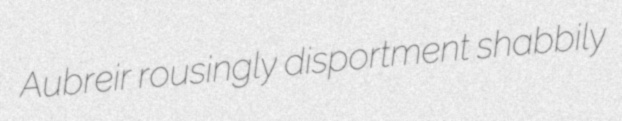
Aubreir rousingly disportment shabbily